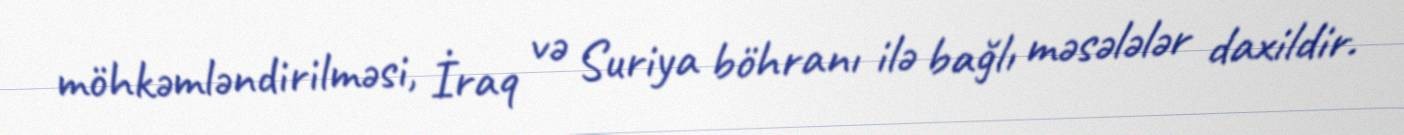
möhkəmləndirilməsi, İraq və Suriya böhranı ilə bağlı məsələlər daxildir.